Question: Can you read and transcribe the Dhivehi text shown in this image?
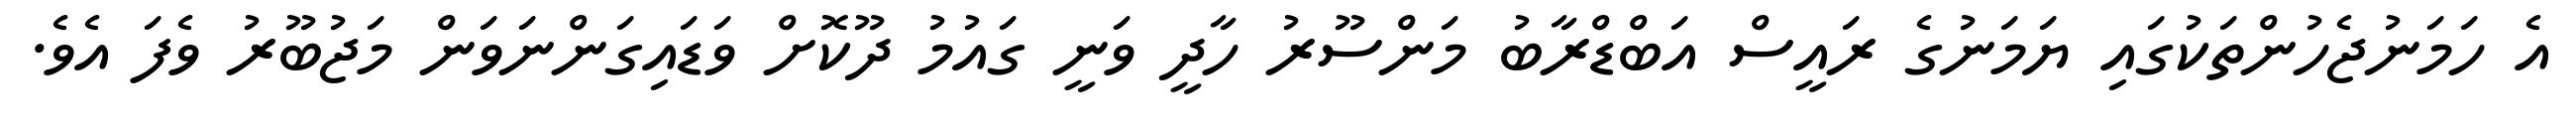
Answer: އެ ހަމަނުޖެހުންތަކުގައި ޔަމަނުގެ ރައީސް އަބްޑްރާބު މަންސޫރު ހާދީ ވަނީ ގައުމު ދޫކޮށް ވަޑައިގަންނަވަން މަޖުބޫރު ވެފަ އެވެ.